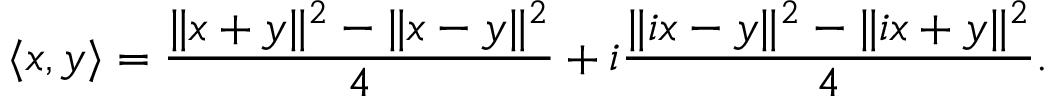
\langle x , y \rangle = { \frac { \| x + y \| ^ { 2 } - \| x - y \| ^ { 2 } } { 4 } } + i { \frac { \| i x - y \| ^ { 2 } - \| i x + y \| ^ { 2 } } { 4 } } .